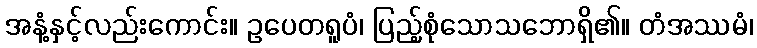
အနံ့နှင့်လည်းကောင်း။ ဥပေတရူပံ၊ ပြည့်စုံသောသဘောရှိ၏။ တံအဿမံ၊